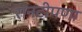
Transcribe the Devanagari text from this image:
रानटीपणा